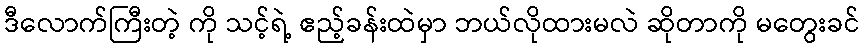
ဒီလောက်ကြီးတဲ့ ကို သင့်ရဲ့ ဧည့်ခန်းထဲမှာ ဘယ်လိုထားမလဲ ဆိုတာကို မတွေးခင်